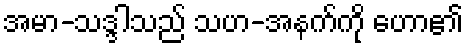
အမာ-သဒ္ဒါသည် သဟ-အနက်ကို ဟော၏